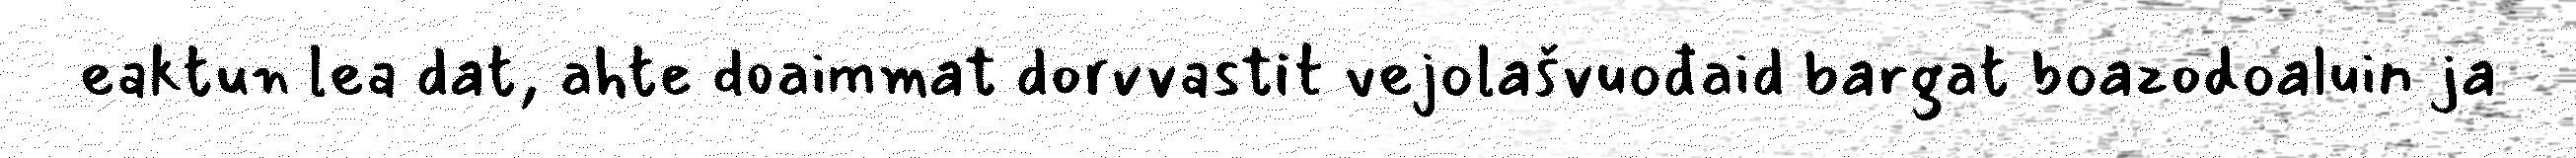
eaktun lea dat, ahte doaimmat dorvvastit vejolašvuođaid bargat boazodoaluin ja